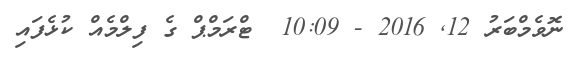
ނޮވެމްބަރު 12